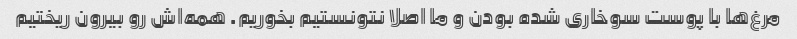
مرغ‌ها با پوست سوخاری شده بودن و ما اصلا نتونستیم بخوریم. همه‌اش رو بیرون ریختیم